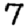
Digit: 7